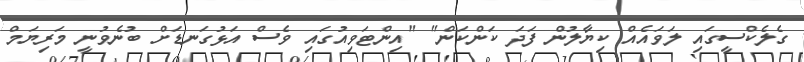
ގެލެކްސީގައި ލަވައެއް ކިޔާލުން ފަދަ ކަންކަން" "އިންޓަވިއުގައި ވެސް އަޅުގަނޑަށް ބުނެވުނީ މަރިޔަމް